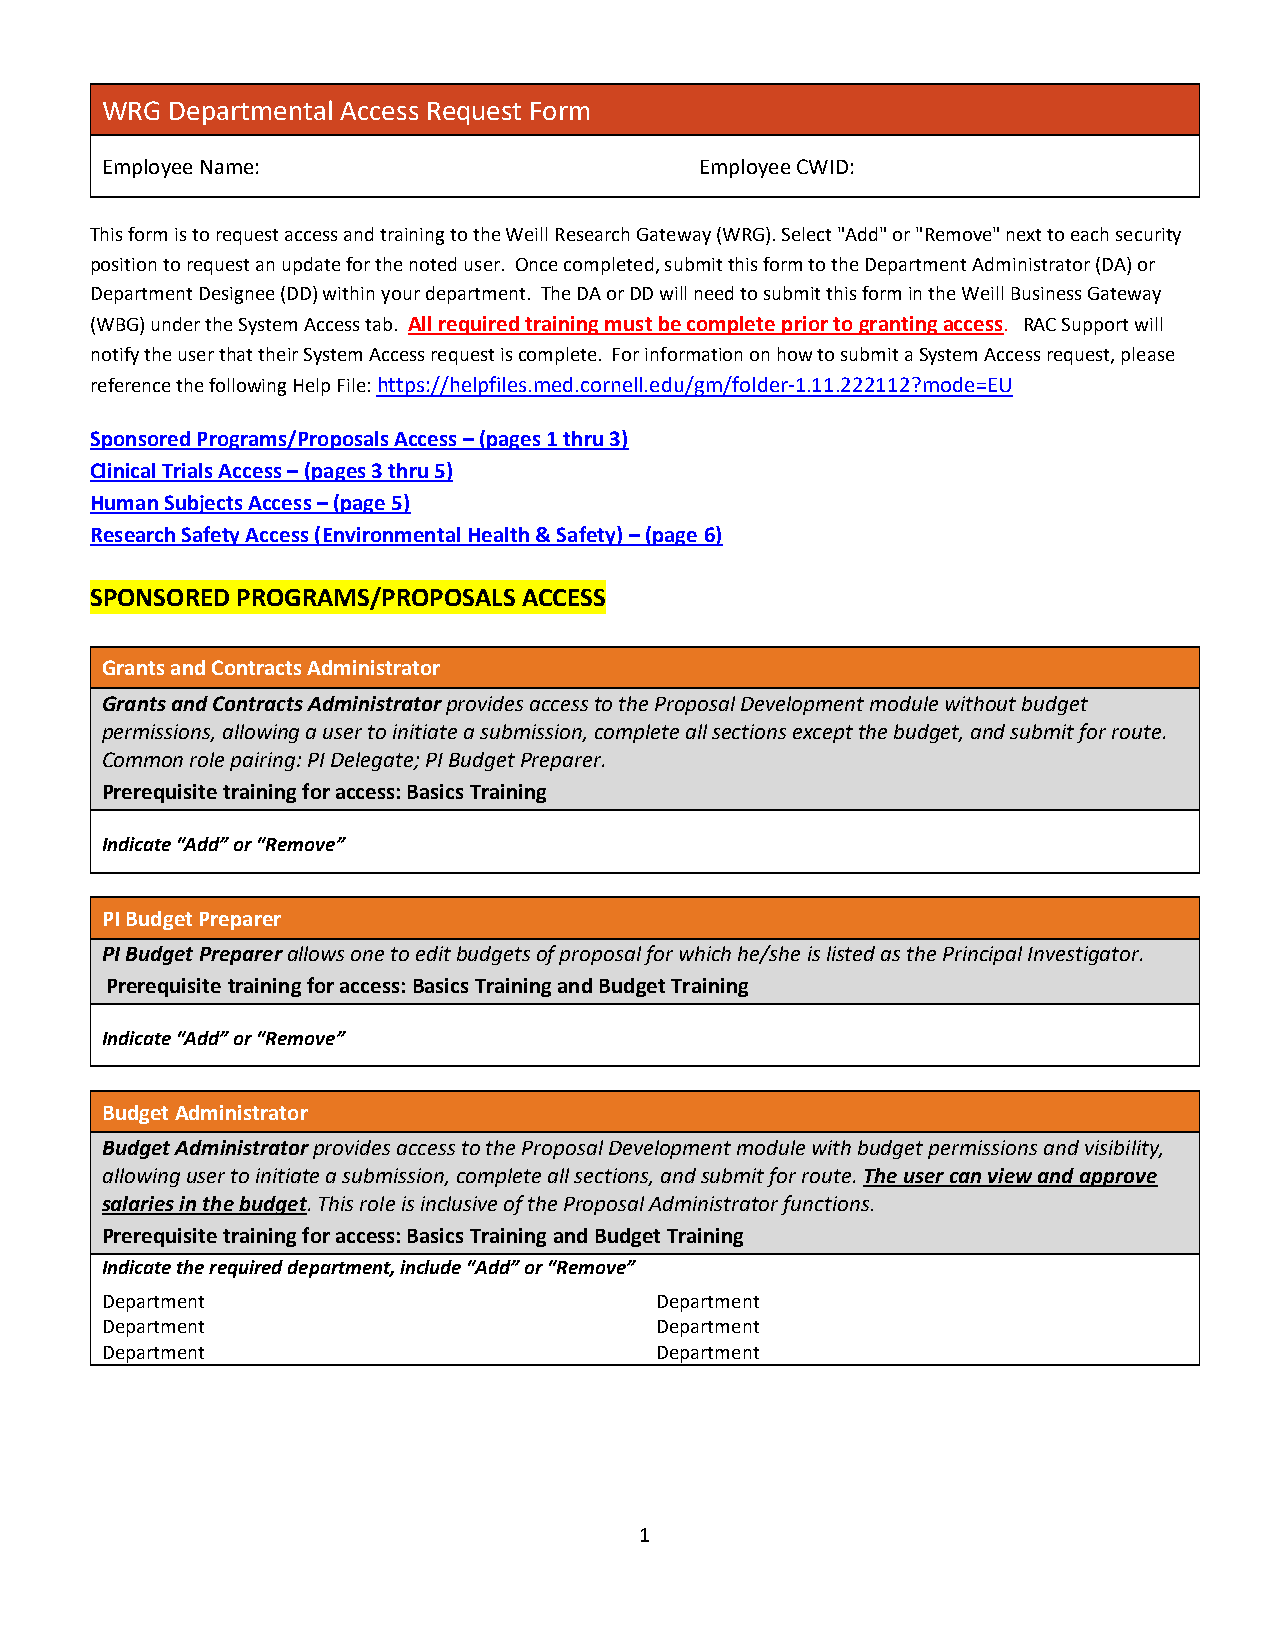
WRG Departmental Access Request Form
 Employee Name: _____________________ __ __ __ __ __ __ __ __ Employee CWID: ____________( ) (
 This form is to request access and training to the Weill Research Gateway (WRG). Select "Add" or "Remove" next to each security
 position to request an update for the noted user. Once completed, submit this form to the Department Administrator (DA) or
 Department Designee (DD) within your department. The DA or DD will need to submit this form in the Weill Business Gateway
 (WBG) under the System Access tab. All required training must be complete prior to granting access. RAC Support will
 notify the user that their System Access request is complete. For information on how to submit a System Access request, please
 reference the following Help File: https://helpfiles.med.cornell.edu/gm/folder-1.11.222112?mode=EU
 Sponsored Programs/Proposals Access – (pages 1 thru 3)
 Clinical Trials Access – (pages 3 thru 5)
 Human Subjects Access – (page 5)
 Research Safety Access (Environmental Health & Safety) – (page 6)
 SPONSORED PROGRAMS/PROPOSALS ACCESS
 Grants and Contracts Administrator
 Grants and Contracts Administrator provides access to the Proposal Development module without budget
 permissions, allowing a user to initiate a submission, complete all sections except the budget, and submit for route.
 Common role pairing: PI Delegate; PI Budget Preparer.
 Prerequisite training for access: Basics Training
 Indicate “Add” or “Remove”
 PI Budget Preparer
 PI Budget Preparer allows one to edit budgets of proposal for which he/she is listed as the Principal Investigator.
 Prerequisite training for access: Basics Training and Budget Training
 Indicate “Add” or “Remove”
 Budget Administrator
 Budget Administrator provides access to the Proposal Development module with budget permissions and visibility,
 allowing user to initiate a submission, complete all sections, and submit for route. The user can view and approve
 salaries in the budget. This role is inclusive of the Proposal Administrator functions.
 Prerequisite training for access: Basics Training and Budget Training
 Indicate the required department, include “Add” or “Remove”
 Department __ __ __ _               Department __ __ _
 Department __ __ __ __ __ __ __ __ __ AP/DP] Department __ __ __ __ __ _ __ __ __ __ [A
 Department __ __ __ __ __ __ __ __ __ __ [Add/Rem][AP/DP] Department __ __ __ __ __ _ __ __ __ [Add/Rem][AP/DP]
 1